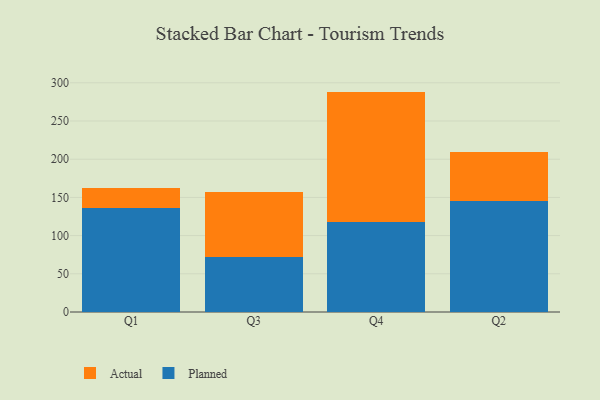
{"axis": {"x": "Quarter", "y": "Demand Index"}, "legend": ["Actual", "Planned"], "data": [{"x": "Q1", "y": 136.5, "type": "Planned"}, {"x": "Q1", "y": 26.2, "type": "Actual"}, {"x": "Q3", "y": 72.2, "type": "Planned"}, {"x": "Q3", "y": 85.5, "type": "Actual"}, {"x": "Q4", "y": 117.3, "type": "Planned"}, {"x": "Q4", "y": 171.2, "type": "Actual"}, {"x": "Q2", "y": 144.9, "type": "Planned"}, {"x": "Q2", "y": 64.2, "type": "Actual"}]}